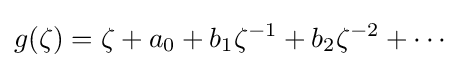
g(\zeta )=\zeta +a_{0}+b_{1}\zeta ^{-1}+b_{2}\zeta ^{-2}+\cdots